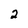
Character: 2